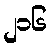
၂၁၆